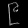
Digit: ၉